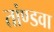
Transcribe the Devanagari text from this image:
तांण्डवा